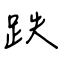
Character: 跌